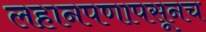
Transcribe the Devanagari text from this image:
लहानपणापसूनच